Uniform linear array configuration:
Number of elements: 24
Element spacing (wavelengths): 0.75
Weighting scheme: kaiser
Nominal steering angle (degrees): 0
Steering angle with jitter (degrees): -1.103
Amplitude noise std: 0.05
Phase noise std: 0.05

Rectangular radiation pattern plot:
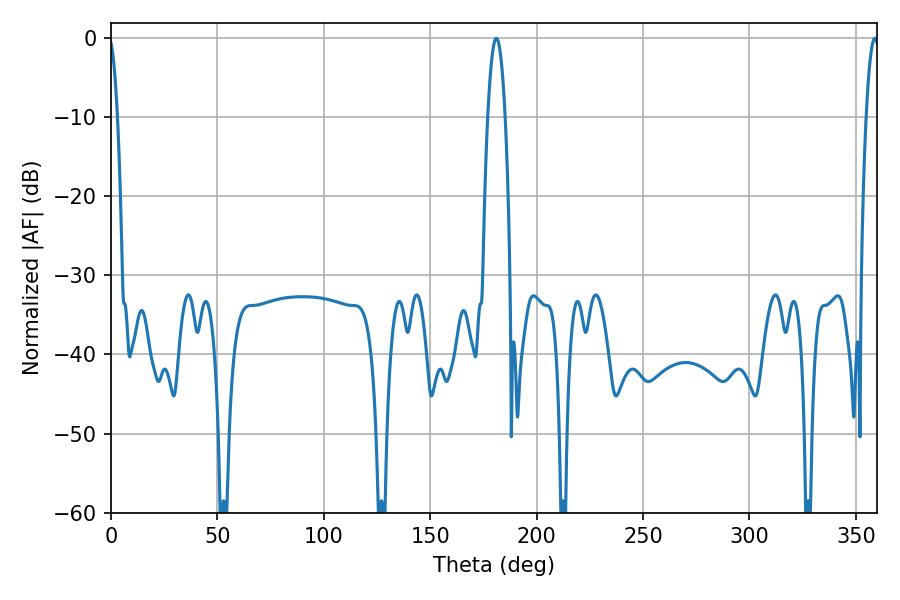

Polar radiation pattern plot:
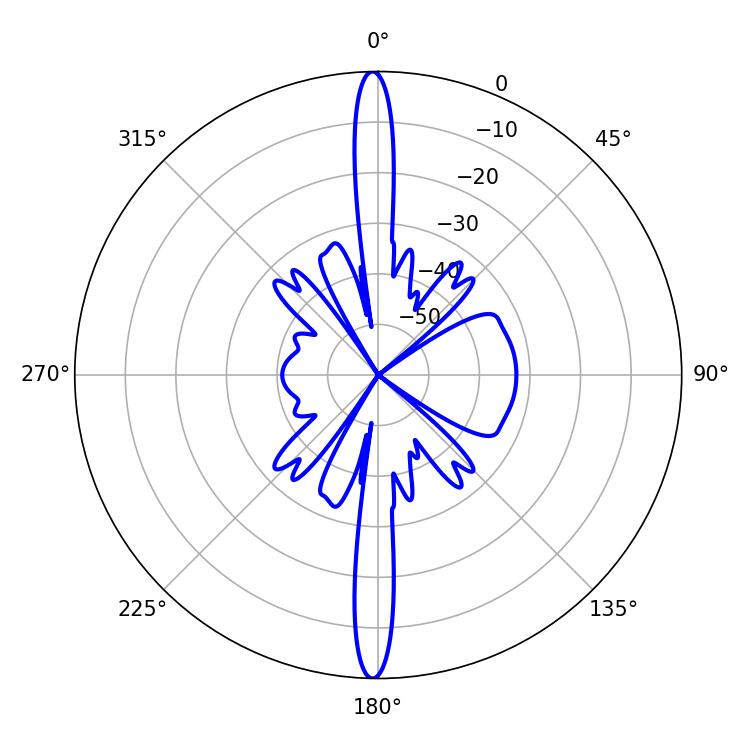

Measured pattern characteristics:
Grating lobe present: TRUE
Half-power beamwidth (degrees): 4.32
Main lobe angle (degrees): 181.08